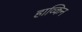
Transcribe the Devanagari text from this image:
हाव्किन